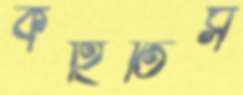
কহিতিস